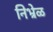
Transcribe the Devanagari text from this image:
निभ्रेळ